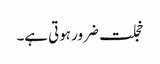
خجلت ضرور ہوتی ہے۔